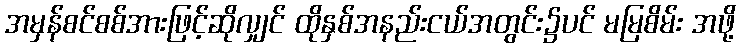
အမှန်စင်စစ်အားဖြင့်ဆိုလျှင် ထိုနှစ်အနည်းငယ်အတွင်း၌ပင် မမြစိမ်း အဖို့